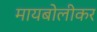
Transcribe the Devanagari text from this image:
मायबोलीकर